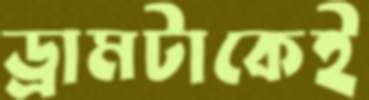
ড্রামটাকেই